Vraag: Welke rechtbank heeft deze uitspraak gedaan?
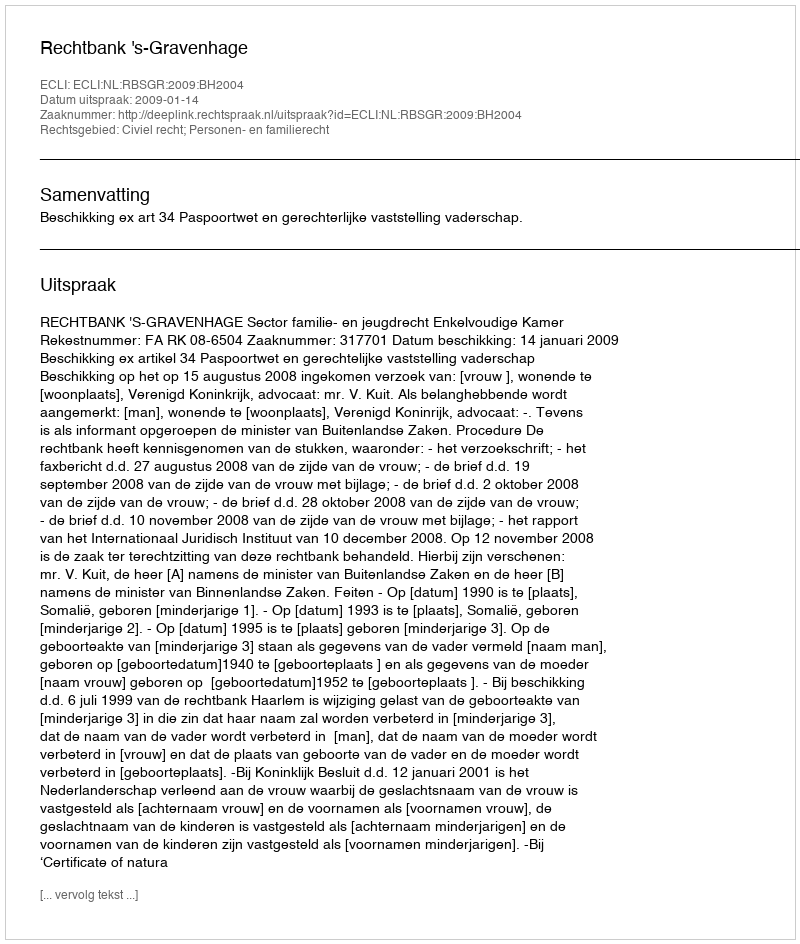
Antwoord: Rechtbank 's-Gravenhage